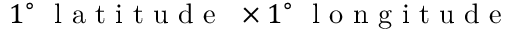
1 ^ { \circ } \ \mathrm { ~ l ~ a ~ t ~ i ~ t ~ u ~ d ~ e ~ } \ \times 1 ^ { \circ } \ \mathrm { ~ l ~ o ~ n ~ g ~ i ~ t ~ u ~ d ~ e ~ }